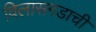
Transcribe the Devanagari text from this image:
विलासगडाची